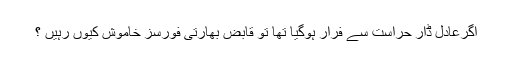
اگرعادل ڈار حراست سے فرار ہوگیا تھا تو قابض بھارتی فورسز خاموش کیوں رہیں ؟